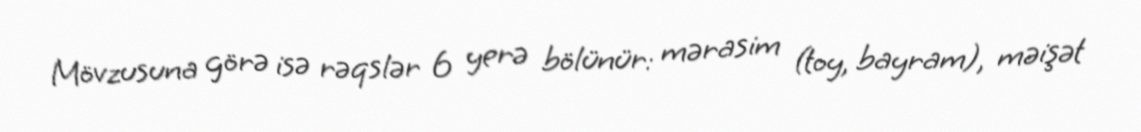
Mövzusuna görə isə rəqslər 6 yerə bölünür: mərasim (toy, bayram), məişət